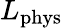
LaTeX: L_{\mathrm{phys}}